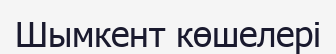
Шымкент көшелері